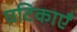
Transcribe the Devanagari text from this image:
घटिकाएँ